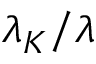
\lambda _ { K } / \lambda